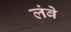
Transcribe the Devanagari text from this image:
लंबे